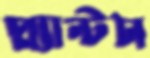
প্ল্যান্টস